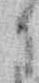
に